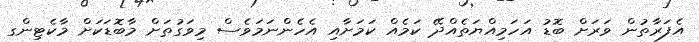
އެފަރާތުން ވަރަށް ބޮޑު އަހަމިއްޔަތެއްދޭ ކަމެއް ކަމަށާއި އެހެންނަމަވެސް މިވަގުތަށް މާބޮޑަކަށް މާކެޓިންގ